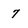
Character: 7